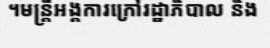
។មន្ត្រីអង្គការក្រៅរដ្ឋាភិបាល និង